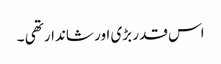
اس قدر بڑی اور شاندار تھی ۔